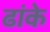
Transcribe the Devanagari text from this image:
ढांके